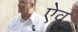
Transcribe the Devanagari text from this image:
ऐव